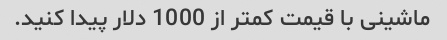
ماشینی با قیمت کمتر از 1000 دلار پیدا کنید.